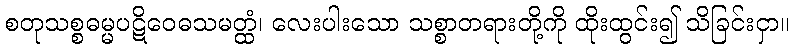
စတုသစ္စဓမ္မပဋိဝေဓသမတ္ထံ၊ လေးပါးသော သစ္စာတရားတို့ကို ထိုးထွင်း၍ သိခြင်းငှာ။